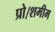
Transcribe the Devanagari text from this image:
प्रो।शमीम